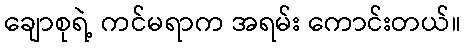
ချောစုရဲ့ ကင်မရာက အရမ်း ကောင်းတယ်။